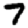
Digit: 7